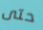
حتى